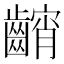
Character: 𱌢